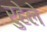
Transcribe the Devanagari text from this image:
रुहेले